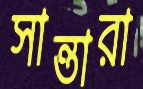
সান্তারা